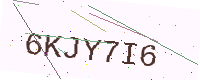
Text: 6KJY7I6